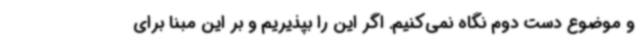
و موضوع دست دوم نگاه نمی‌کنیم. اگر این را بپذیریم و بر این مبنا برای